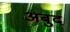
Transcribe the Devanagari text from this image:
अबुद